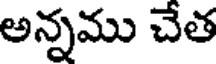
అన్నము చేత